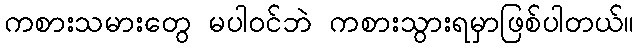
ကစားသမားတွေ မပါဝင်ဘဲ ကစားသွားရမှာဖြစ်ပါတယ်။